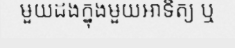
មួយដងក្នុងមួយអាទិត្យ ឬ